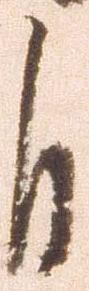
自